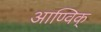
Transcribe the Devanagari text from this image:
आण्विक्